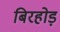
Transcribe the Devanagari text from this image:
बिरहोड़